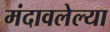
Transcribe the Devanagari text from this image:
मंदावलेल्या